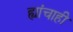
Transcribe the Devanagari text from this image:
ह्यांचाही